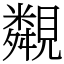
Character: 䚏